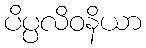
ပိပ္ပလိဝနိယာ